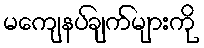
မကျေနပ်ချက်များကို